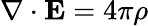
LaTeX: \nabla\cdot\mathbf{E}=4\pi\rho